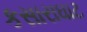
કસારાઘાટ